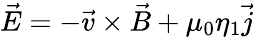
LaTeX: \vec{E}=-\vec{v}\times\vec{B}+\mu_{0}\eta_{1}\vec{j}